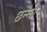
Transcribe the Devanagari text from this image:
छन्ना